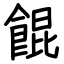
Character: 餛